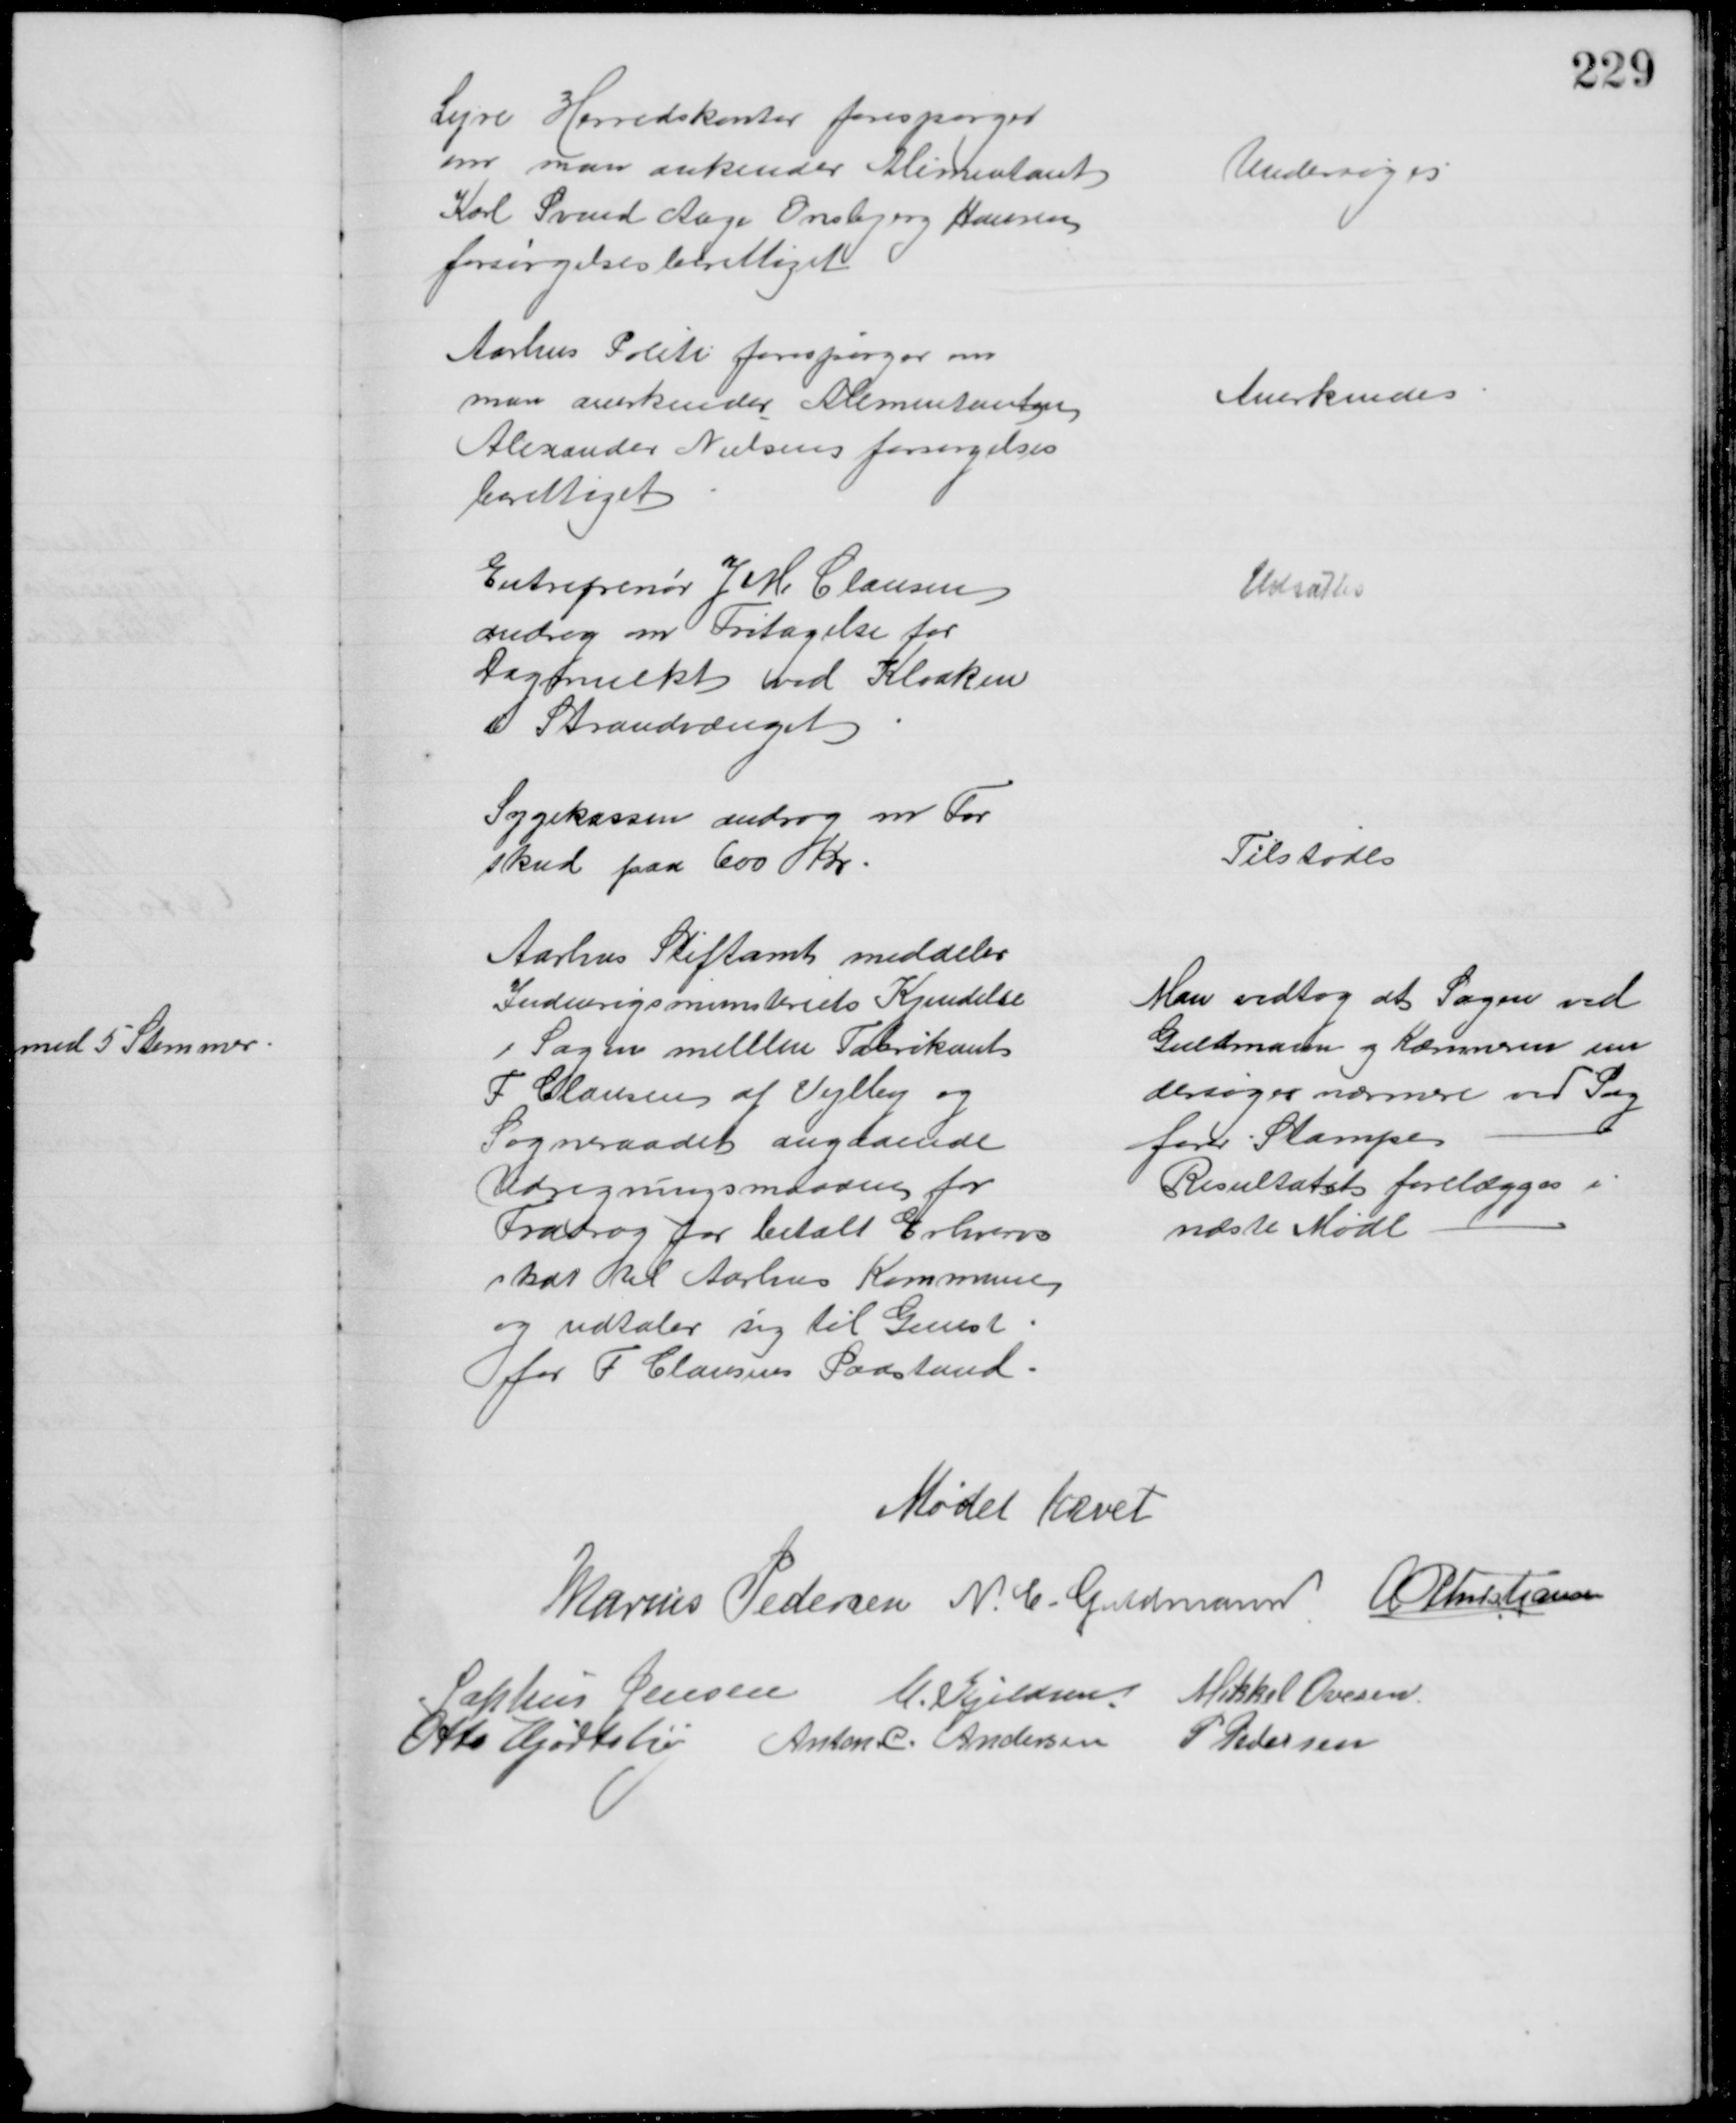
Transskription:
Lejre Herredskontor forespørger
om man ankender Alimentant
Karl Svend Aage Onsbjerg Hansen
forsørgelsesberettiget
Undersøges
Aarhus Politi forespørger om
man anerkender Alimentanten
Alexander Nielsen forsørgelses
berettiget
Anerkendes
Entreprenør J M Clausen
androg om Fritagelse for
Dagmulkt ved Kloaken
i Strandvænget
Udsattes
Sygekassen androg om For
skud paa 600 Kr
Tilstodes
Aarhus Stiftamt meddeler
Indenrigsministeriets Kjendelse
i Sagen mellem Fabrikant
F Clausen af Vejlby og
Sogneraadet angaaende
Udregningsmaaden for
Fradrag for betalt Erhvervs
skat til Aarhus Kommune
og udtaler sig til Gunst
for F. Clausens Paastand
Man vedtog at Sagen ved
Guldmann og Kæmneren un
dersøges nærmere ved Sag
fører Stampe
Resultatet forelægges i
næste Møde
Mødet hævet
Marius Pedersen N. C. Guldmann A P Christiansen
Sophus Jensen C. Kjeldsen Mikkel Ovesen
Otto Hjortshøj Anton. C. Andersen P Pedersen